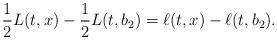
LaTeX: \begin{align*}\frac{1}{2}L(t,x)-\frac{1}{2}L(t,b_2)=\ell(t,x)-\ell(t,b_2). \end{align*}